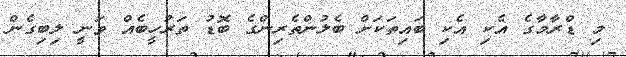
މި ޑްރާމާގެ އެކި އެކި ބައިތަކަށް ބެލުންތެރިންގެ ބޮޑު ތަރުހީބެއް ވަނީ ލިބިގެން